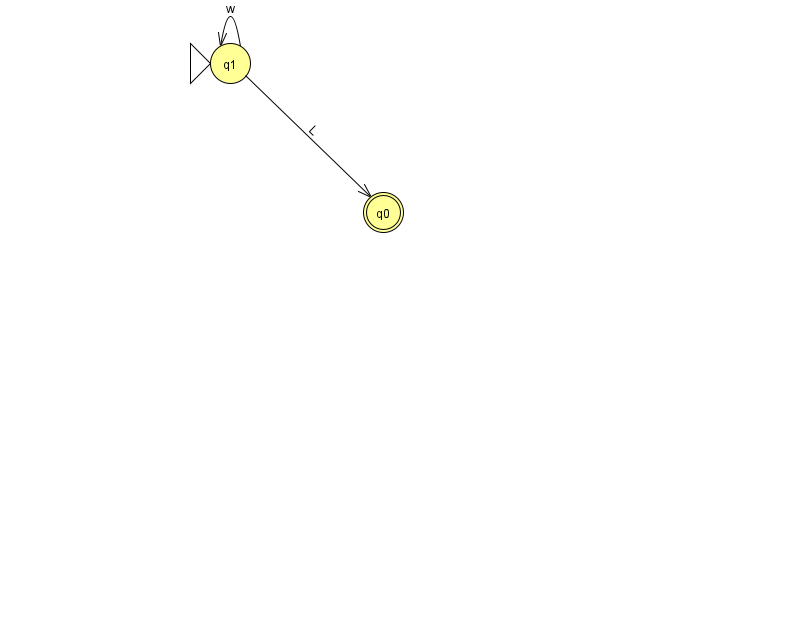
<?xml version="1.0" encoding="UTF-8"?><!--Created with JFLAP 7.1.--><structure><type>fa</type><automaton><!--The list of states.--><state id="0" name="q0"><x>383.0</x><y>199.0</y><final/></state><state id="1" name="q1"><x>230.0</x><y>50.0</y><initial/></state><!--The list of transitions.--><transition><from>1</from><to>0</to><read>L</read></transition><transition><from>1</from><to>1</to><read>w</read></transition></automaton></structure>